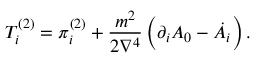
T _ { i } ^ { ( 2 ) } = \pi _ { i } ^ { ( 2 ) } + \frac { m ^ { 2 } } { 2 \nabla ^ { 4 } } \, \Bigl ( \partial _ { i } A _ { 0 } - \dot { A } _ { i } \Bigr ) \, .